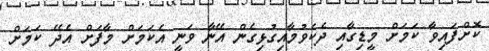
ކޮށްފައިވާ ކަމަށް މީޑިގާއި ދެކެވުމާއިގުޅިގެން އޭނާ ވަނީ އެކަމަށް މާފަށް އެދޭ ކަމަށް